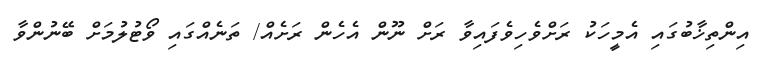
އިންތިޚާބުގައި އެމީހަކު ރަށްވެހިވެފައިވާ ރަށް ނޫން އެހެން ރަށެއް/ ތަނެއްގައި ވޯޓުލުމަށް ބޭނުންވާ